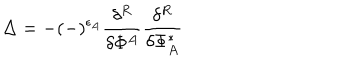
LaTeX: \Delta = - ( - ) ^ { \epsilon _ { A } } \frac { \delta ^ { R } } { \delta \Phi ^ { A } } \frac { \delta ^ { R } } { \delta \Phi _ { A } ^ { * } }